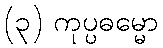
(၃) ကုပ္ပဓမ္မော